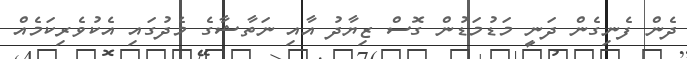
ދެން ފެނިގެން ދަނީ މަޑުމަޑުން ގޮސް ޒިޔާދު އާއި ނަތާޝާގެ މެދުގައި އެކުވެރިކަމެއް